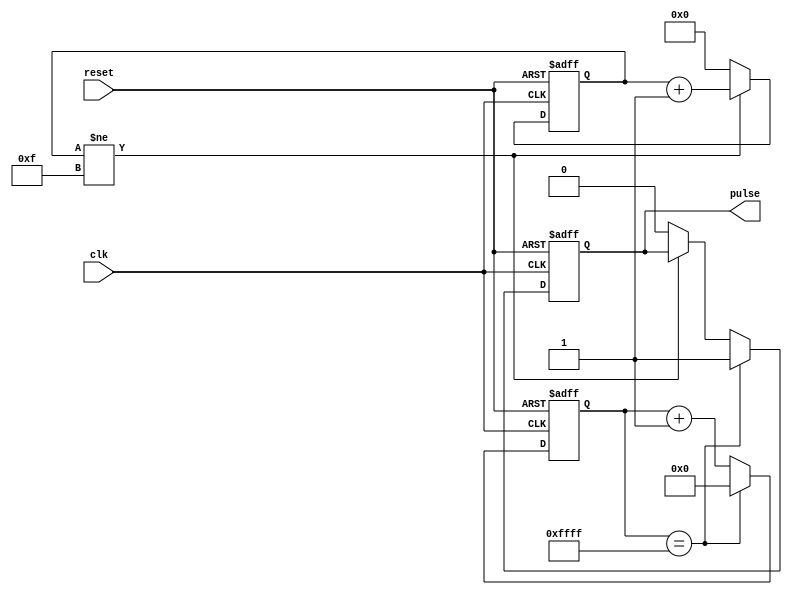
module pulse_generator(
    input wire clk,
    input wire reset,
    output reg pulse
);
   
reg [15:0] counter;
reg [3:0] duration_counter;

always @ (posedge clk or posedge reset) begin
    if (reset) begin
        counter <= 16'b0;
        duration_counter <= 4'b0;
        pulse <= 1'b0;
    end else begin
        if (duration_counter != 4'b1111) begin
            duration_counter <= duration_counter + 1;
        end else begin
            duration_counter <= 4'b0;
            pulse <= 1'b0;
        end
        
        if (counter == 16'b1111111111111111) begin
            counter <= 16'b0;
            pulse <= 1'b1;
        end else begin
            counter <= counter + 1;
        end
    end
end

endmodule